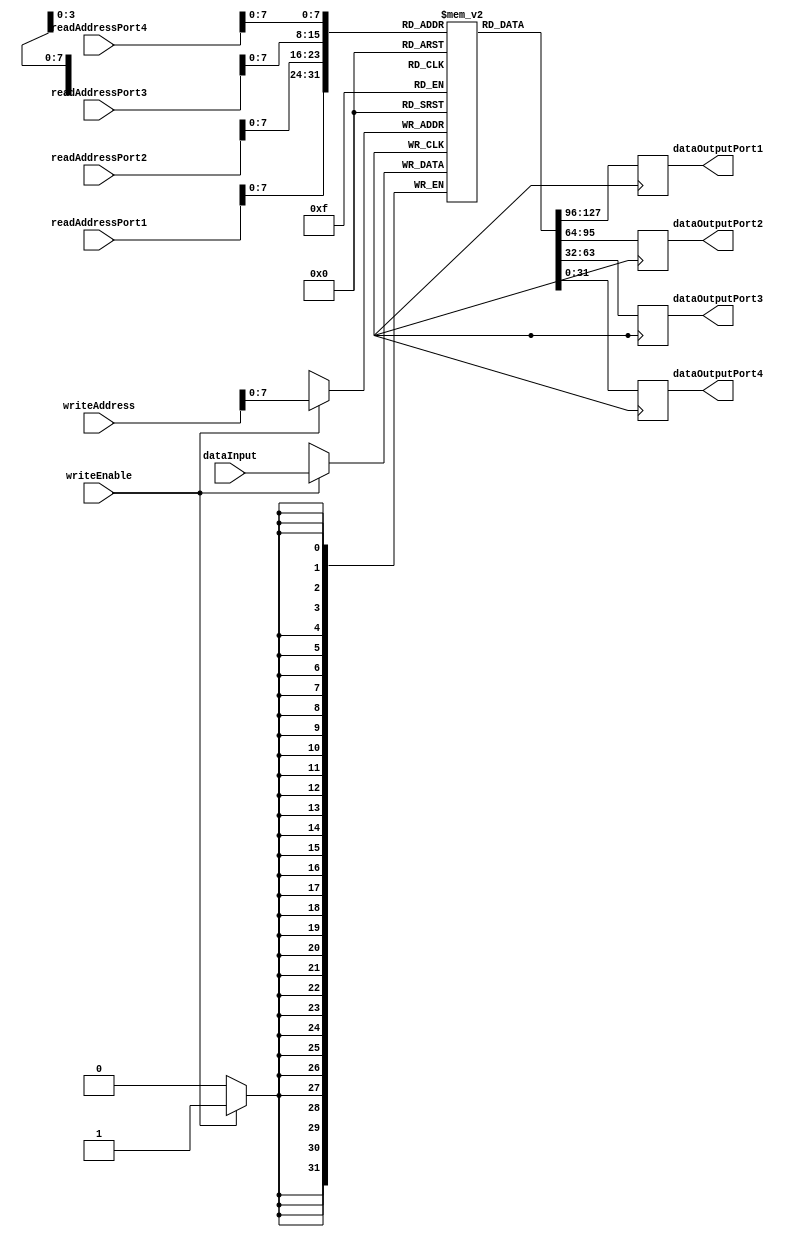
module MemoryBlocksQuadPortRegisterFile (
        input wire [31:0] readAddressPort1,
        input wire [31:0] readAddressPort2,
        input wire [31:0] readAddressPort3,
        input wire [31:0] readAddressPort4,
        input wire [31:0] writeAddress,
        input wire writeEnable,
        input wire [31:0] dataInput,
        
        output reg [31:0] dataOutputPort1,
        output reg [31:0] dataOutputPort2,
        output reg [31:0] dataOutputPort3,
        output reg [31:0] dataOutputPort4
    );
    
    reg [31:0] registers [0:255]; // assuming 256 registers
    always @ (posedge clock) begin
        if (writeEnable) begin
            registers[writeAddress] <= dataInput;
        end
        dataOutputPort1 <= registers[readAddressPort1];
        dataOutputPort2 <= registers[readAddressPort2];
        dataOutputPort3 <= registers[readAddressPort3];
        dataOutputPort4 <= registers[readAddressPort4];
    end
    
endmodule